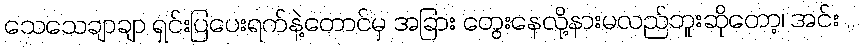
သေသေချာချာ ရှင်းပြပေးရက်နဲ့တောင်မှ အခြား တွေးနေလို့နားမလည်ဘူးဆိုတော့၊ အင်း ..